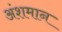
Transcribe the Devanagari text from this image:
अंशमान